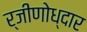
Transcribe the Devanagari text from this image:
र्जीणोध्दार